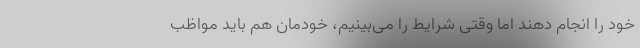
خود را انجام دهند اما وقتی شرایط را می‌بینیم، خودمان هم باید مواظب